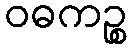
ဝဓကဉ္စ